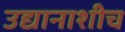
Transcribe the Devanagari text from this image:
उद्यानाशीच